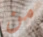
من